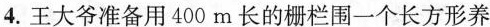
4.王大爷准备用400m长的栅栏围一个长方形养